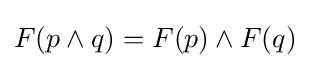
F(p\wedge q)=F(p)\wedge F(q)